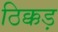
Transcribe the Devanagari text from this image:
ठिक्कड़